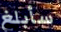
سأبلغ